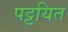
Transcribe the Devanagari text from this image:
पट्टयित